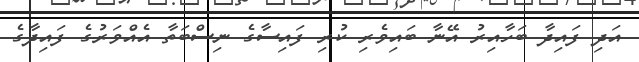
އަދި ފައިދާ ބަހާއިރު އޭނާ ބައިވެރި ކުރި ފައިސާގެ ނިސްބަތާ އެއްވަރުގެ ފައިދާގެ